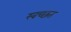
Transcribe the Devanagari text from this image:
स्वच्छत